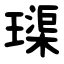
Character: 璖